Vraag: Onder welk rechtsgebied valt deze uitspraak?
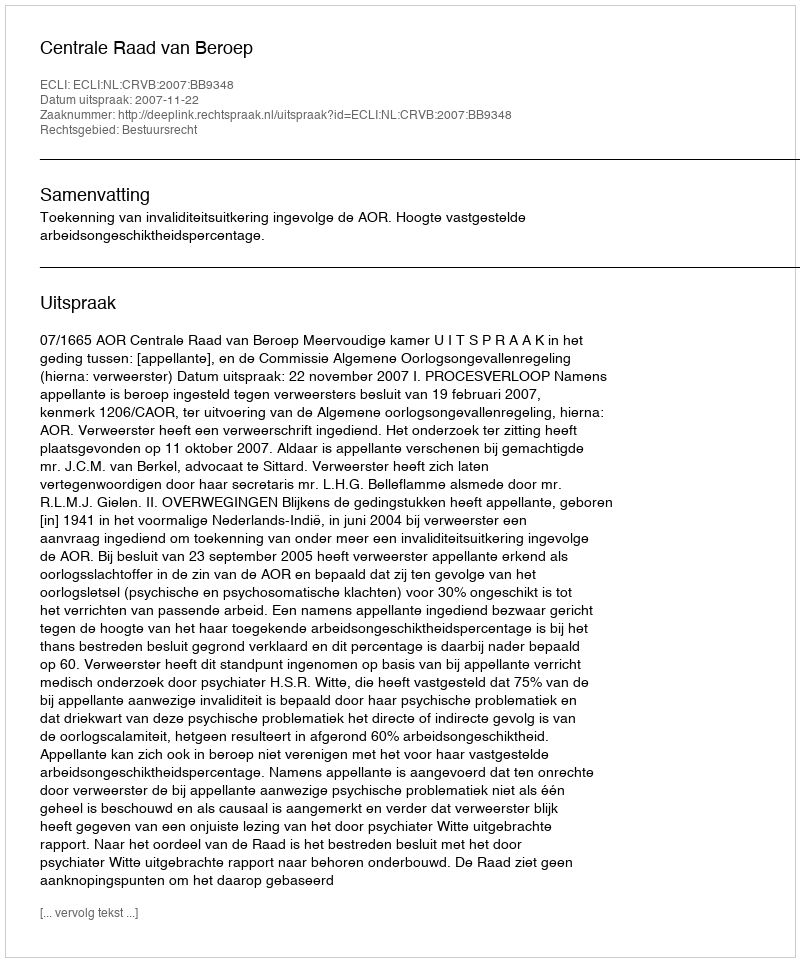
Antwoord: Bestuursrecht